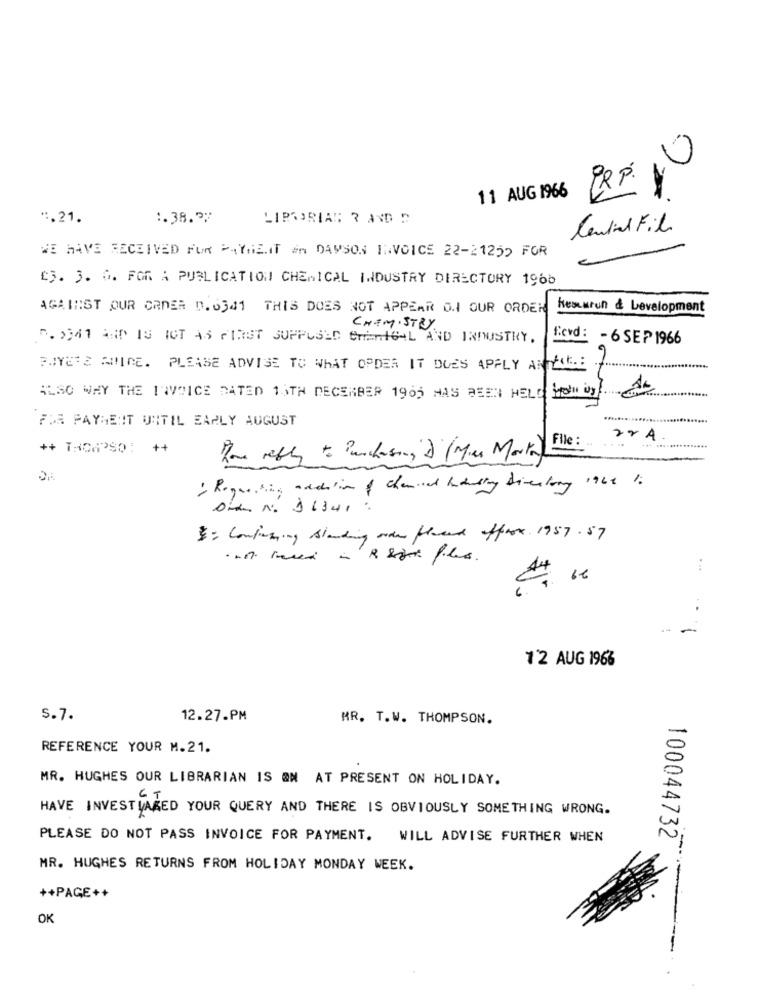
0
PRP: 1
11 AUG 1966
".21.
1.38.37
LIPSORIAS R AND D
Central Fil.
WE HAVE RECEIVED FUR PAYMENT İN DAYSON INVOICE 22-21250 FOR
23. 3. 6. FOR A PUBLICATION CHEMICAL INDUSTRY DIRECTORY 1966
AGAINST OUR ORDER 0. 6341 THIS DOES NOT APPEAR O.I OUR ORDEN
hesurun & Development
CHEMISTRY
D.2941 AND IS IGT AS FIRST SUPPOSED CHEMICAL AND INDUSTRY.
f.evd : - 6 SEP 1966
PAYER & ANICE. PLEASE ADVISE TO WHAT ORDER IT DOES APPLY ARTIGE
ALSO WHY THE INVOICE DATED 15TH DECEMBER 1965 HAS BEEN HELD YOU by AL
FOR PAYMENT UNTIL EARLY AUGUST
File :
home reply to Purchasing 2 ( Mies Marta)
siden N. j1341 :
3. Continuing standing order placed offrox 1957. 57
no. med an R ligt files.
--
12 AUG 196%
s.7.
12.27.PM
MR. T.W. THOMPSON.
REFERENCE YOUR M.21.
MR. HUGHES OUR LIBRARIAN IS ON AT PRESENT ON HOLIDAY.
HAVE INVESTVARED YOUR QUERY AND THERE IS OBVIOUSLY SOMETHING WRONG.
PLEASE DO NOT PASS INVOICE FOR PAYMENT. WILL ADVISE FURTHER WHEN
100044732
MR. HUGHES RETURNS FROM HOLIDAY MONDAY WEEK.
++PAGE++
OK